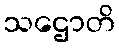
သဌောတိ